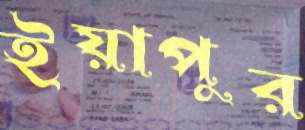
ইয়াপুর